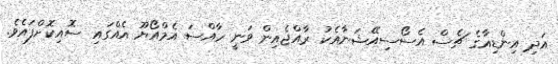
އަދި އިންޑިއާގެ ޗެސް އެސޯސިއޭޝަނާއެކު ރާއްޖެއިން ވަނީ ހާއްސަ އެމްއޯޔޫ އެއްގައި ސޮއިކޮށްފައެވެ.